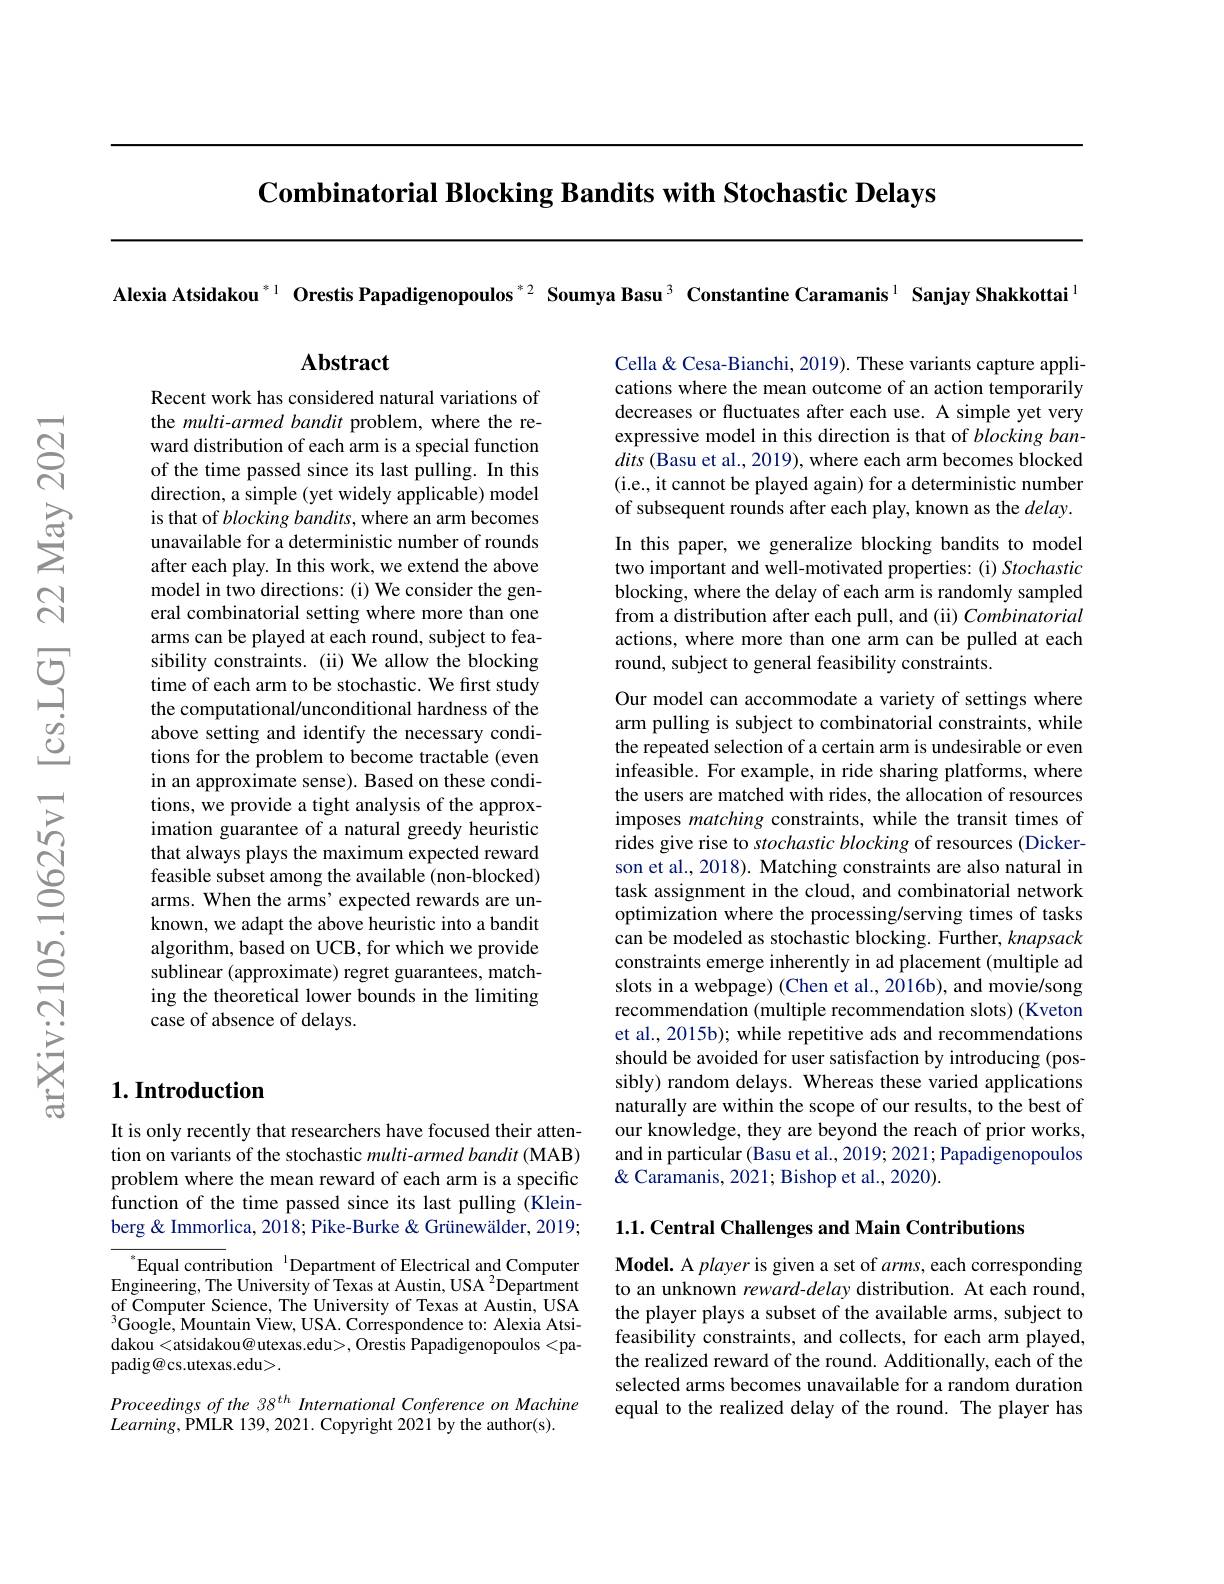
$\textbf{Combinatorial Blocking Bandits with Stochastic Delays}$

Alexia Atsidakou $^{*1}$ Orestis Papadigenopoulos$^{*2}$ Soumya Basu$^{3}$ Constantine Caramanis$^{1}$ Sanjay Shakkottai$^{1}$

## $\mathbf{Abstract}$

Cella & Cesa-Bianchi, 2019). These variants capture appli-

cations where the mean outcome of an action temporarily

decreases or fluctuates after each use. A simple yet very

expressive model in this direction is that of blocking ban-

dits (Basu et al., 2019), where each arm becomes blocked

(i.e., it cannot be played again) for a deterministic number

of subsequent rounds after each play, known as the $delay.$

In this paper, we generalize blocking bandits to model

two important and well-motivated properties: (i) Stochastic

blocking, where the delay of each arm is randomly sampled

from a distribution after each pull, and (ii) Combinatorial

actions, where more than one arm can be pulled at each

round, subject to general feasibility constraints.

Recent work has considered natural variations of the multi-armed bandit problem, where the reward distribution of each arm is a special function of the time passed since its last pulling. In this direction, a simple (yet widely applicable) model is that of blocking bandits, where an arm becomes unavailable for a deterministic number of rounds after each play. In this work, we extend the above model in two directions: (i) We consider the general combinatorial setting where more than one arms can be played at each round, subject to feasibility constraints. (ii) We allow the blocking time of each arm to be stochastic. We first study the computational/unconditional hardness of the above setting and identify the necessary conditions for the problem to become tractable (even in an approximate sense). Based on these conditions, we provide a tight analysis of the approximation guarantee of a natural greedy heuristic that always plays the maximum expected reward feasible subset among the available (non-blocked) arms. When the arms'expected rewards are unknown, we adapt the above heuristic into a bandit algorithm, based on UCB, for which we provide sublinear (approximate) regret guarantees, matching the theoretical lower bounds in the limiting case of absence of delays.

Our model can accommodate a variety of settings where arm pulling is subject to combinatorial constraints, while the repeated selection of a certain arm is undesirable or even infeasible. For example, in ride sharing platforms, where the users are matched with rides, the allocation of resources imposes matching constraints, while the transit times of rides give rise to stochastic blocking of resources (Dickerson et al., 2018). Matching constraints are also natural in task assignment in the cloud, and combinatorial network optimization where the processing/serving times of tasks can be modeled as stochastic blocking. Further, knapsack constraints emerge inherently in ad placement (multiple ad slots in a webpage) (Chen et al., 2016b), and movie/song recommendation (multiple recommendation slots) (Kveton et al., 2015b); while repetitive ads and recommendations should be avoided for user satisfaction by introducing (possibly) random delays. Whereas these varied applications naturally are within the scope of our results, to the best of our knowledge, they are beyond the reach of prior works, and in particular (Basu et al., 2019; 2021; Papadigenopoulos & & Q Caramanis, 2021; Bishop et al., 2020).

## $1. \textbf{Introduction}$

It is only recently that researchers have focused their attention on variants of the stochastic multi-armed bandit (MAB) problem where the mean reward of each arm is a specific function of the time passed since its last pulling (Kleinberg & Immorlica, 2018; Pike-Burke & Grünewälder, 2019;

1.1. Central Challenges and Main Contributions

$^{*}$Equal contribution$^{\text{l}}$Department of Electrical and Computer Engineering, The University of Texas at Austin, USA $^{2}$Department of Computer Science, The University of Texas at Austin, USA $^{3}$Google, Mountain View, USA. Correspondence to: Alexia Atsidakou<atsidakou@utexas.edu>, Orestis Papadigenopoulos<papadig@cs.utexas.edu>

$\textbf{Model. A player is given a set of arms, each corresponding}$ to an unknown reward-delay distribution. At each round, the player plays a subset of the available arms, subject to feasibility constraints, and collects, for each arm played, the realized reward of the round. Additionally, each of the selected arms becomes unavailable for a random duration equal to the realized delay of the round. The player has

Proceedings of the 38 th International Conference on Machine
$Learning$,PMLR 139, 2021. Copyright 2021 by the author(s).